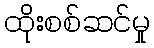
ထိုးစစ်ဆင်မှု